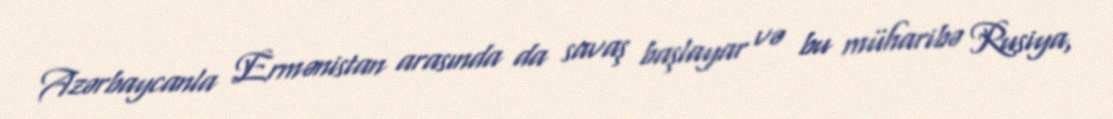
Azərbaycanla Ermənistan arasında da savaş başlayar və bu müharibə Rusiya,